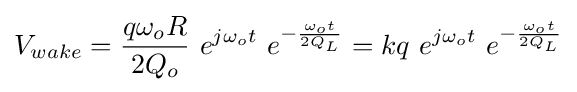
V_{wake}={\frac {q\omega _{o}R}{2Q_{o}}}\ e^{j\omega _{o}t}\ e^{-{\frac {\omega _{o}t}{2Q_{L}}}}=kq\ e^{j\omega _{o}t}\ e^{-{\frac {\omega _{o}t}{2Q_{L}}}}